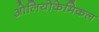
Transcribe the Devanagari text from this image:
ओलियोकेमिकल